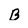
Character: B